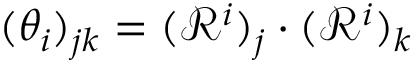
( \theta _ { i } ) _ { j k } = ( \mathcal { R } ^ { i } ) _ { j } \cdot ( \mathcal { R } ^ { i } ) _ { k }